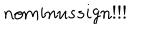
LaTeX: n o m i n u s s i g n ! ! !